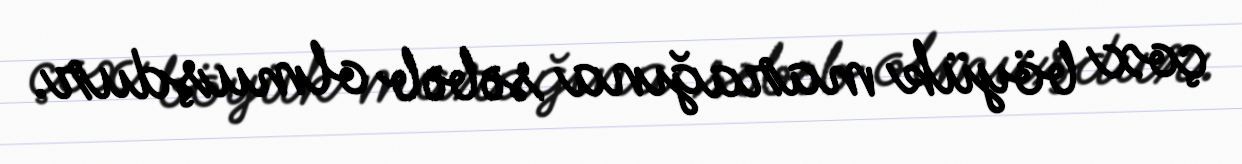
çox böyük marağına səbəb olmuşdur.